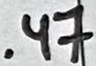
Text: .47